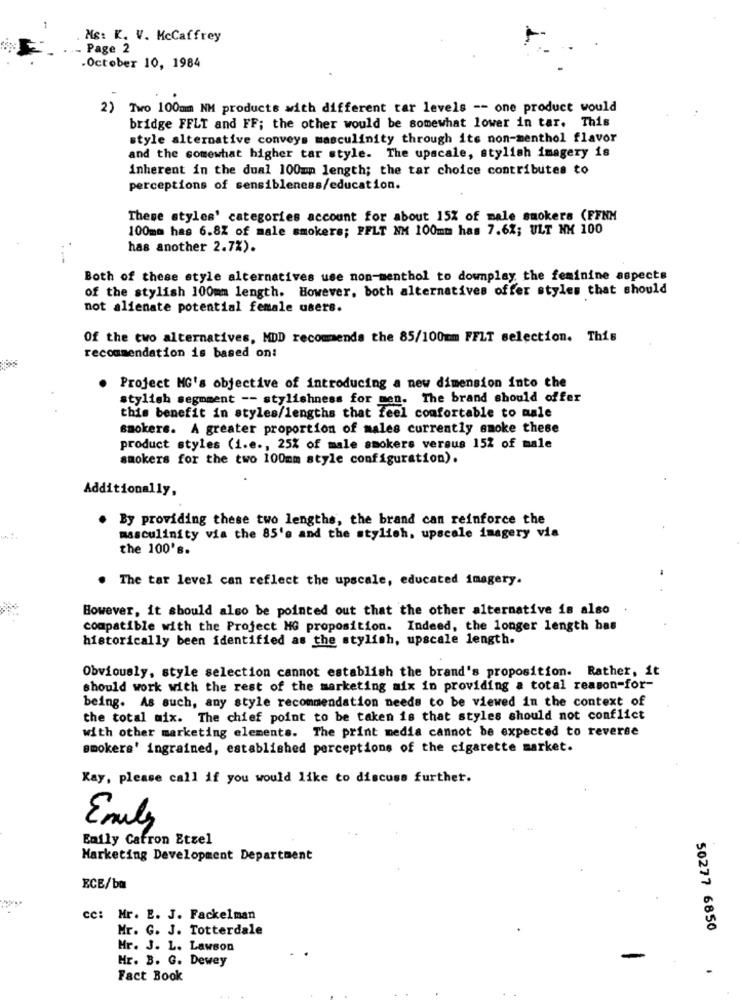
Mg: K. V. McCaffrey
Page 2
.October 10, 1984
2) Two 100mm NM products with different tar levels -- one product would
bridge FFLT and FF; the other would be somewhat lower in tar. This
style alternative conveys masculinity through its non-menthol flavor
and the somewhat higher tar style. The upscale, stylish imagery is
inherent in the dual 100mm length; the tar choice contributes to
perceptions of sensibleness/education.
These styles' categories account for about 15% of male smokers (FFNM
100mm has 6.8Z of male smokers; PFLT NM 100mm has 7.6%; ULT NX 100
has another 2.7%).
Both of these style alternatives use non-menthol to downplay the feminine aspects
of the stylish 100mm length. However, both alternatives offer styles that should
not alienate potential female users.
Of the two alternatives, MDD recommends the 85/100mm FFLT selection. This
recommendation is based on:
. Project MG's objective of introducing a new dimension into the
stylish segmment -- stylishness for men. The brand should offer
this benefit in styles/lengths that feel comfortable to male
smokers. A greater proportion of males currently smoke these
product styles (i.e ., 25% of male smokers versus 152 of male
smokers for the two 100mm style configuration).
Additionally,
. By providing these two lengths, the brand can reinforce the
masculinity via the 85'e and the stylish, upscale imagery via
the 100's.
. The tar level can reflect the upscale, educated imagery.
However, it should also be pointed out that the other alternative is also
compatible with the Project MG proposition. Indeed, the longer length has
historically been identified as the stylish, upscale length.
Obviously, style selection cannot establish the brand's proposition. Rather, it
should work with the rest of the marketing mix in providing a total reason-for-
being. As such, any style recommendation needs to be viewed in the context of
the total mix. The chief point to be taken is that styles should not conflict
with other marketing elements. The print media cannot be expected to reverse
smokers' ingrained, established perceptions of the cigarette market.
Kay, please call if you would like to discuss further.
Emily
Emily Cafron Etzel
Marketing Development Department
ECE/ba
cc: Mr. E. J. Fackelman
Mr. G. J. Totterdale
50277 6850
Hr. J. L. Lawson
Hr. B. G. Dewey
-
Fact Book